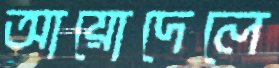
আয়োদেলে